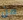
من